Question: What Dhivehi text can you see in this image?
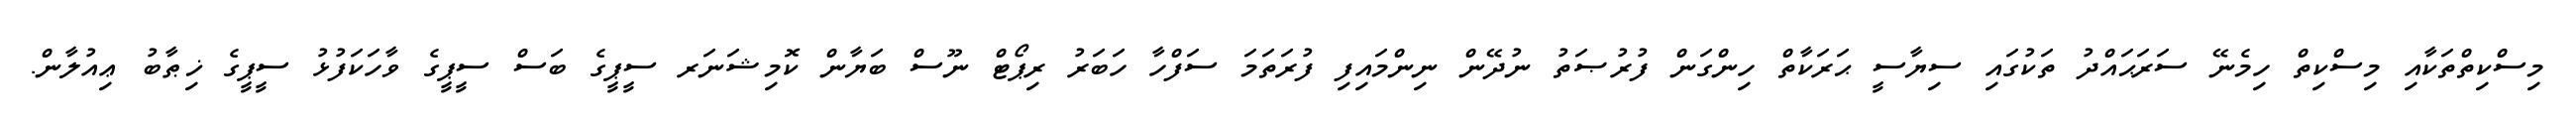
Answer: މިސްކިތްތަކާއި މިސްކިތް ހިމެނޭ ސަރަޙައްދު ތަކުގައި ސިޔާސީ ޙަރަކާތް ހިންގަން ފުރުޞަތު ނުދޭން ނިންމައިފި ފުރަތަމަ ސަފްހާ ހަބަރު ރިޕޯޓް ނޫސް ބަޔާން ކޮމިޝަނަރ ސީޕީގެ ބަސް ސީޕީގެ ވާހަކަފުޅު ސީޕީގެ ޚިޠާބު ޢިއުލާން.